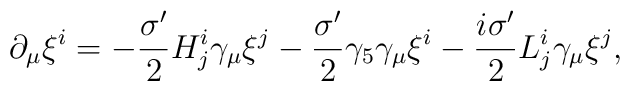
\partial_\mu\xi^i     = -\frac{\sigma'}{2} H^i_j\gamma_\mu\xi^j      -\frac{\sigma'}{2} \gamma_5\gamma_\mu\xi^i      -\frac{i\sigma'}{2} L^i_j\gamma_\mu\xi^j,